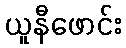
ယူနီဖောင်း